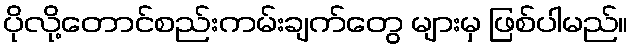
ပိုလို့တောင်စည်းကမ်းချက်တွေ များမှ ဖြစ်ပါမည်။